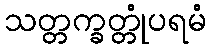
သတ္တက္ခတ္တုံပရမံ